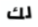
لك